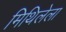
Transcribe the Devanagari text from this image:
मिथिलेला